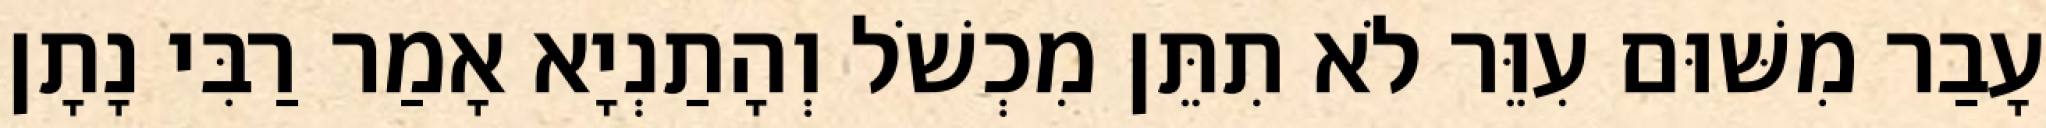
עָבַר מִשּׁוּם עִוֵּר לֹא תִתֵּן מִכְשֹׁל וְהָתַנְיָא אָמַר רַבִּי נָתָן